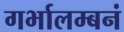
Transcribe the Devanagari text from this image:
गर्भालम्बनं